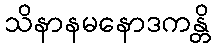
သိနာနမနောဒကန္တိ